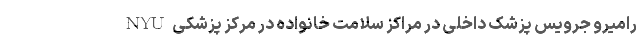
رامیرو جرویس پزشک داخلی در مراکز سلامت خانواده در مرکز پزشکی NYU